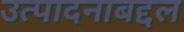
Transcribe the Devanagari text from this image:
उत्पादनाबद्दल